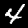
Label: 4